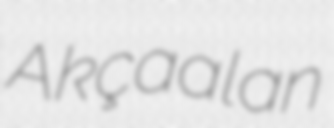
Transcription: Akçaalan